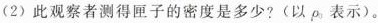
(2)此观察者测得匣子的密度是多少?(以\rho 表示)。